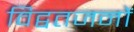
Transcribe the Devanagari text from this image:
विद्वतजनों